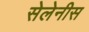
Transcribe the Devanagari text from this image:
सेलेनीस